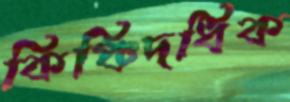
কিঞ্চিদধিক